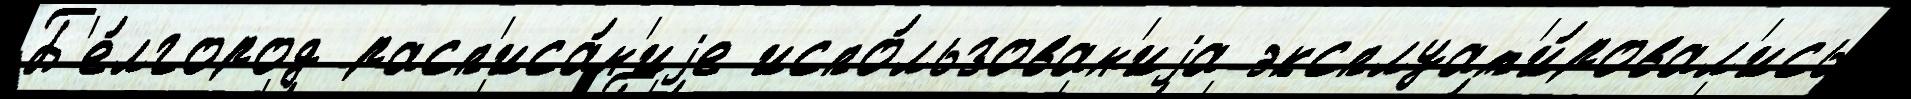
Б'е́лгород расп'иса́н'иjе испо́льзован'иjа эксплуат'и́ровал'ись